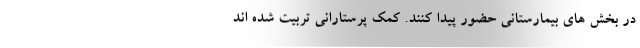
در بخش های بیمارستانی حضور پیدا کنند. کمک پرستارانی تربیت شده اند